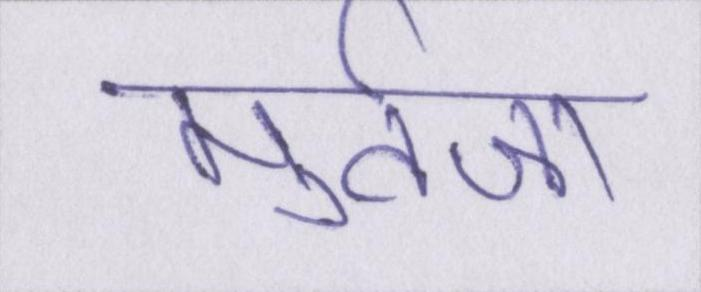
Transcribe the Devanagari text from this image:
मुर्तज़ा